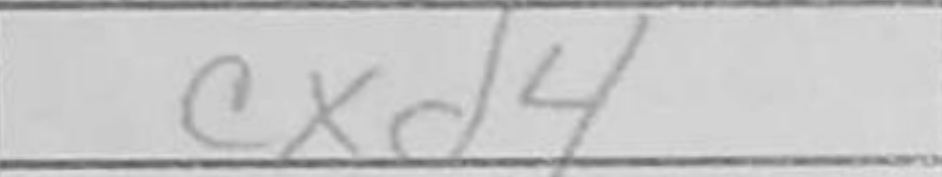
Transcription: cxd4